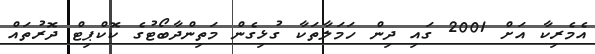
އެމެރިކާ އަށް 2001 ގައި ދިން ހަމަލާތަކާ ގުޅިގެން މަތިންދާބޯޓުގެ ކޮކްޕިޓް ދޮރުތައް